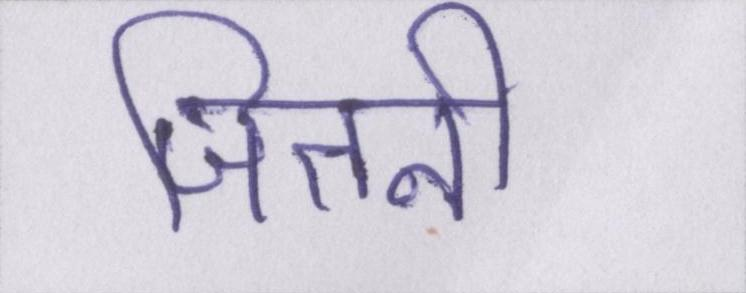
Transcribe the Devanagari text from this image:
जितनी